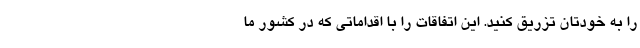
را به خودتان تزریق کنید. این اتفاقات را با اقداماتی که در کشور ما